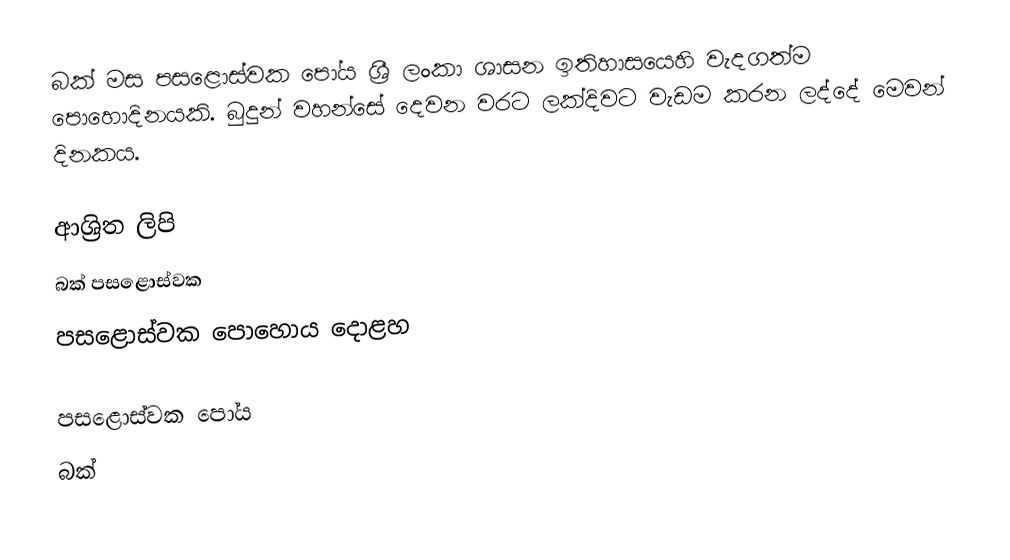
බක් මස පසළොස්වක පෝය ශ්‍රී ලංකා ශාසන ඉතිහාසයෙහි වැදගත්ම පොහොදිනයකි. බුදුන් වහන්සේ දෙවන වරට ලක්දිවට වැඩම කරන ලද්දේ මෙවන් දිනකය.

ආශ්‍රිත ලිපි
 බක් පසළොස්වක
 පසළොස්වක පොහොය දොළහ

පසළොස්වක පෝය
බක්